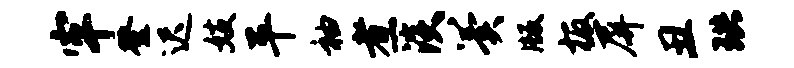
牢登迟妓平袖煮淡翼版板屏丑珙